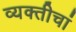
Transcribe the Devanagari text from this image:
व्यक्तीचां